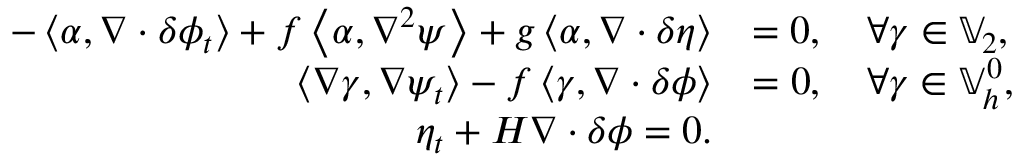
\begin{array} { r l } { - \left\langle \alpha , \nabla \cdot \delta \phi _ { t } \right\rangle + f \left\langle \alpha , \nabla ^ { 2 } \psi \right\rangle + g \left\langle \alpha , \nabla \cdot \delta \eta \right\rangle } & { = 0 , \quad \forall \gamma \in \mathbb { V } _ { 2 } , } \\ { \left\langle \nabla \gamma , \nabla \psi _ { t } \right\rangle - f \left\langle \gamma , \nabla \cdot \delta \phi \right\rangle } & { = 0 , \quad \forall \gamma \in \mathbb { V } _ { h } ^ { 0 } , } \\ { \eta _ { t } + H \nabla \cdot \delta \phi = 0 . } \end{array}